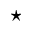
_ { \star }